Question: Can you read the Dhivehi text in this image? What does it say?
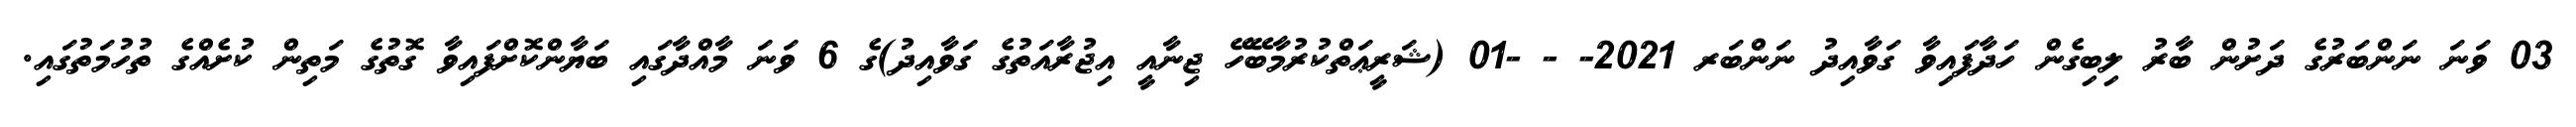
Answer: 03 ވަނަ ނަންބަރުގެ ދަށުން ބާރު ލިބިގެން ހަދާފައިވާ ގަވާއިދު ނަންބަރ 2021- - -01 (ޝަރީޢަތްކުރުމާބޭހޭ ޖިނާއީ އިޖުރާއަތުގެ ގަވާއިދު)ގެ 6 ވަނަ މާއްދާގައި ބަޔާންކޮށްފައިވާ ގޮތުގެ މަތިން ކުށެއްގެ ތުހުމަތުގައި.